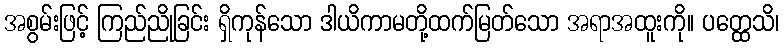
အစွမ်းဖြင့် ကြည်ညိုခြင်း ရှိကုန်သော ဒါယိကာမတို့ထက်မြတ်သော အရာအထူးကို။ ပတ္ထေသိ၊